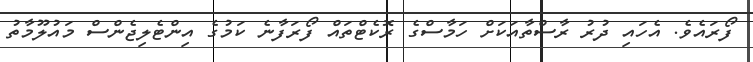
ފޯރައެވެ. އެހައި ދުރު ރާސްތާއަކަށް ހަމާސްގެ ރޮކެޓްތައް ފޯރަފާނެ ކަމުގެ އިންޓެލިޖެންސް މައުލޫމާތު